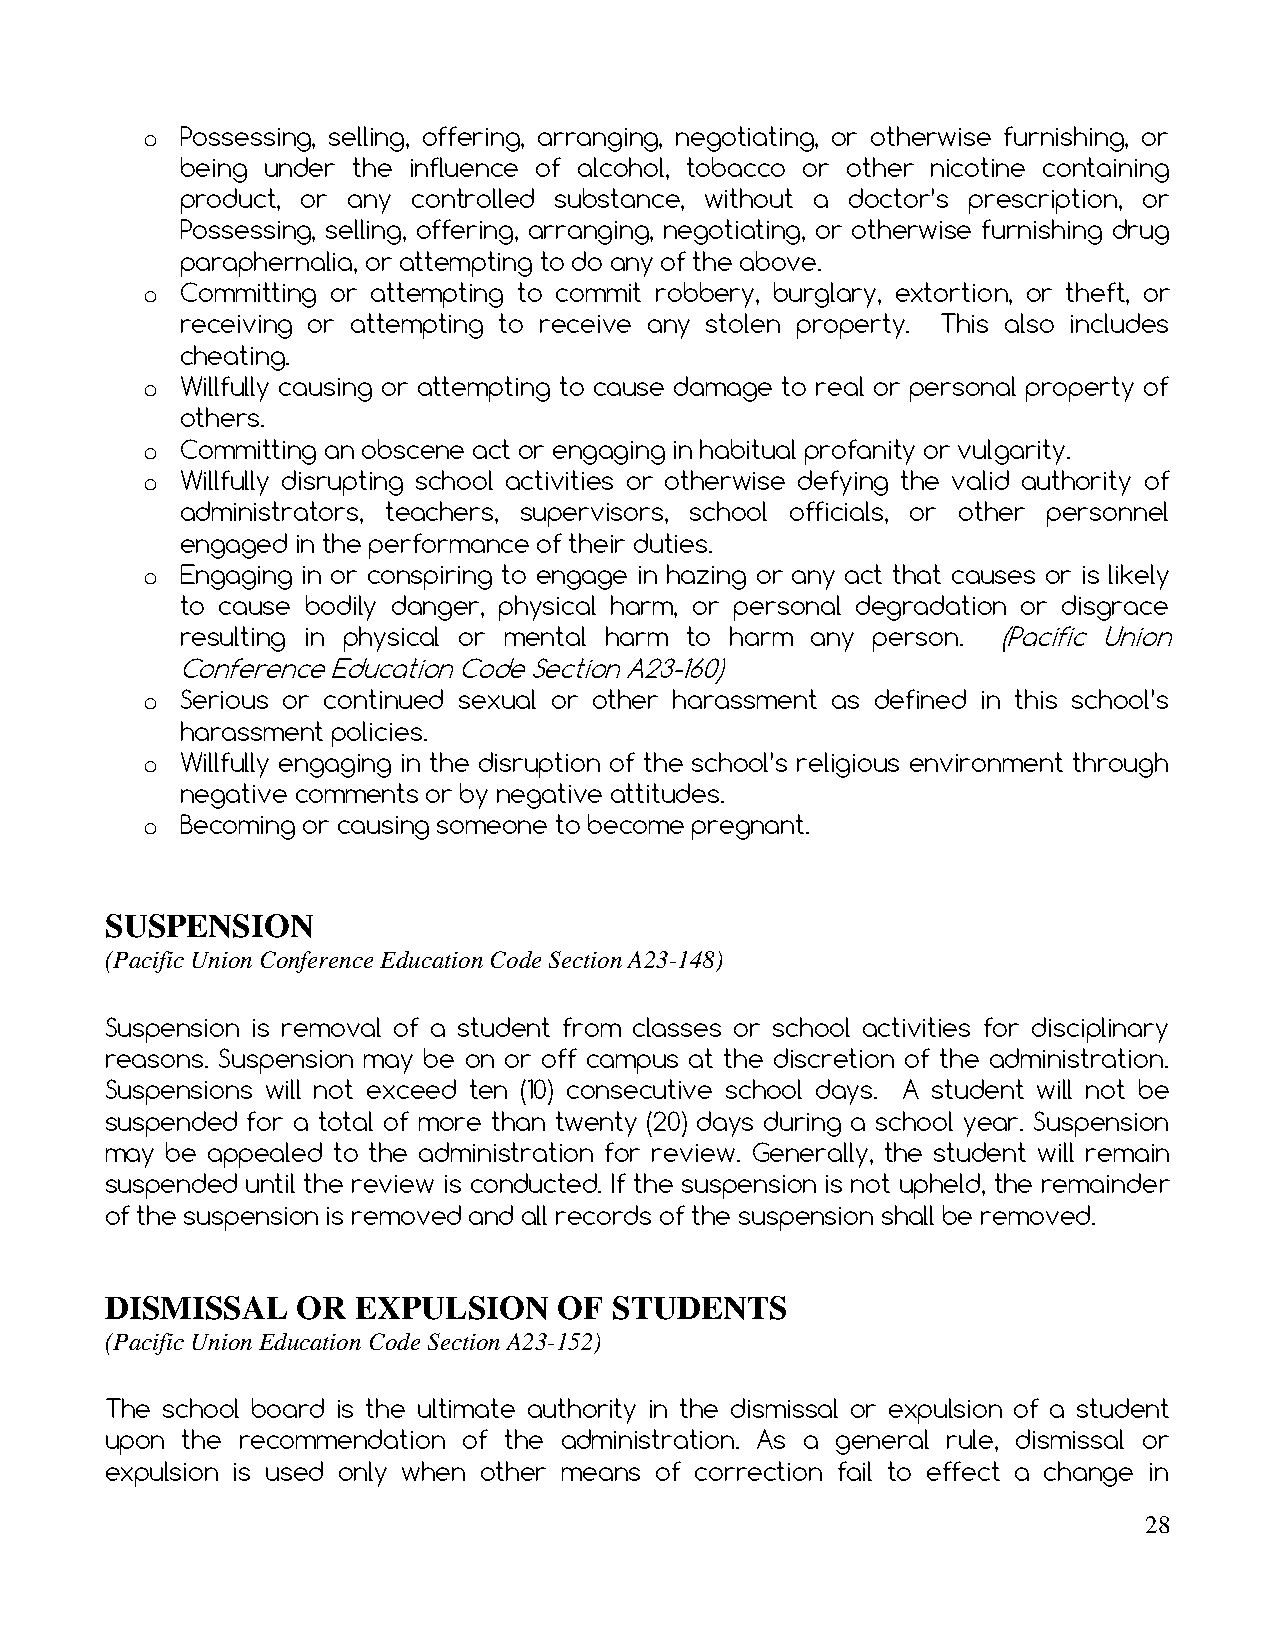
o  Possessing, selling, offering, arranging, negotiating, or otherwise furnishing, or
 being under the influence of alcohol, tobacco or other nicotine containing
 product, or any controlled substance, without a doctor’s prescription, or
 Possessing, selling, offering, arranging, negotiating, or otherwise furnishing drug
 paraphernalia, or attempting to do any of the above.
 o  Committing or attempting to commit robbery, burglary, extortion, or theft, or
 receiving or attempting to receive any stolen property. This also includes
 cheating.
 o  Willfully causing or attempting to cause damage to real or personal property of
 others.
 o  Committing an obscene act or engaging in habitual profanity or vulgarity.
 o  Willfully disrupting school activities or otherwise defying the valid authority of
 administrators, teachers, supervisors, school officials, or other personnel
 engaged in the performance of their duties.
 o  Engaging in or conspiring to engage in hazing or any act that causes or is likely
 to cause bodily danger, physical harm, or personal degradation or disgrace
 resulting in physical or mental harm to harm any person. (Pacific Union
 Conference Education Code Section A23-160)
 o  Serious or continued sexual or other harassment as defined in this school’s
 harassment policies.
 o  Willfully engaging in the disruption of the school’s religious environment through
 negative comments or by negative attitudes.
 o  Becoming or causing someone to become pregnant.
 SUSPENSION
 (Pacific Union Conference Education Code Section A23-148)
 Suspension is removal of a student from classes or school activities for disciplinary
 reasons. Suspension may be on or off campus at the discretion of the administration.
 Suspensions will not exceed ten (10) consecutive school days. A student will not be
 suspended for a total of more than twenty (20) days during a school year. Suspension
 may be appealed to the administration for review. Generally, the student will remain
 suspended until the review is conducted. If the suspension is not upheld, the remainder
 of the suspension is removed and all records of the suspension shall be removed.
 DISMISSAL    OR EXPULSION     OF  STUDENTS
 (Pacific Union Education Code Section A23-152)
 The school board is the ultimate authority in the dismissal or expulsion of a student
 upon the recommendation of the administration. As a general rule, dismissal or
 expulsion is used only when other means of correction fail to effect a change in
 28